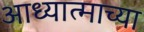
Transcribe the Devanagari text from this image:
आध्यात्माच्या